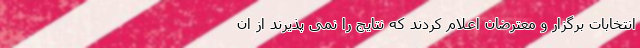
انتخابات برگزار و معترضان اعلام کردند که نتایج را نمی پذیرند از ان